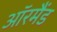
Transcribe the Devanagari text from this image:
ऑरमैंड